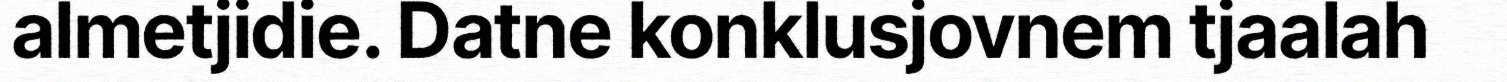
almetjidie. Datne konklusjovnem tjaalah